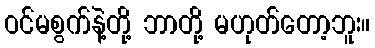
ဝင်မစွက်နဲ့တို့ ဘာတို့ မဟုတ်တော့ဘူး။